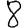
Digit: 8